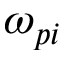
\omega _ { p i }